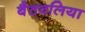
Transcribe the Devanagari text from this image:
बैठवलिया